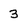
Character: 3